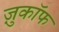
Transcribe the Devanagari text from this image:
ज़ुकाॅफ